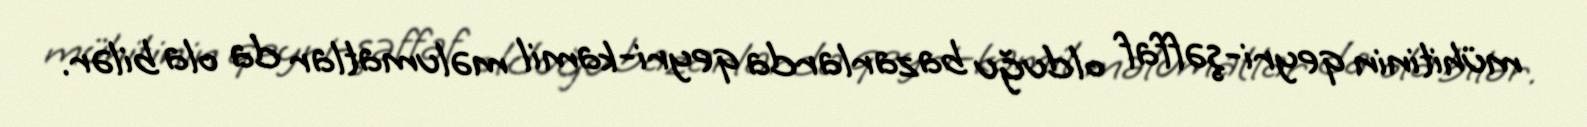
mühitinin qeyri-şəffaf olduğu bazarlarda qeyri-kamil məlumatlar da ola bilər.